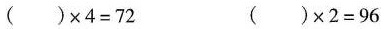
( ) \times4 =72 ( )\times 2 =96